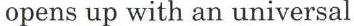
 opens up with an universal